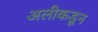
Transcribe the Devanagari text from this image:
अलीकडून